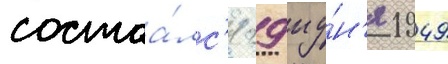
состоа́лс'я 29 иу́н'я 1949